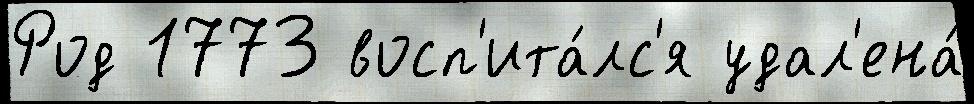
Род 1773 восп'ита́лс'я удал'ена́